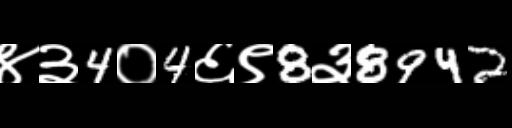
Text: ४३4०4६९8३8942